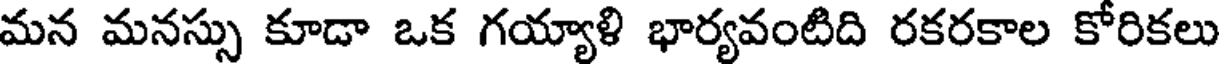
మన మనస్సు కూడా ఒక గయ్యాళి భార్యవంటిది రకరకాల కోరికలు